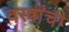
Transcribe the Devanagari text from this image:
वस्त्रांची